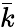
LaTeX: \bar{k}